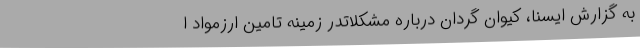
به گزارش ایسنا، کیوان گردان درباره مشکلاتدر زمینه تامین ارزمواد ا